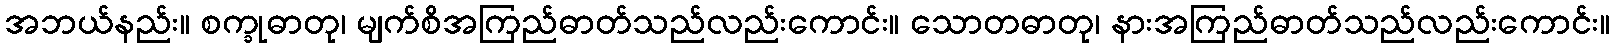
အဘယ်နည်း။ စက္ခုဓာတု၊ မျက်စိအကြည်ဓာတ်သည်လည်းကောင်း။ သောတဓာတု၊ နားအကြည်ဓာတ်သည်လည်းကောင်း။